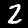
Label: 2